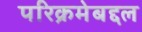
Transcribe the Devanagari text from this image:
परिक्रमेबद्दल